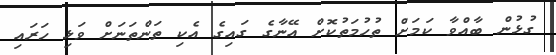
ގުޅުން ބާއްވާ ކަމަށް ތުހުމަތުކޮށް އޭނާގެ ގައިގެ އެކި ތަންތަނަށް ވަޅި ހަރައި